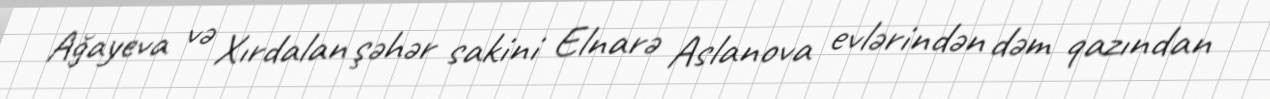
Ağayeva və Xırdalan şəhər sakini Elnarə Aslanova evlərindən dəm qazından